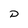
Character: D